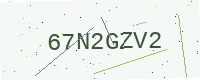
Text: 67N2GZV2